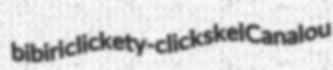
bibiri clickety-click skel Canalou